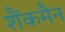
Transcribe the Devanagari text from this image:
शैंकमैन